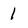
Character: 1